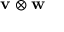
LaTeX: \mathbf { v } \otimes \mathbf { w }